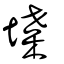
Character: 堞